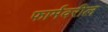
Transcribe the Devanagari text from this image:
फार्मवरील